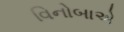
વિનોબાએ